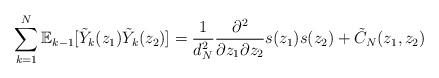
LaTeX: \begin{align*}\sum_{k=1}^{N}\mathbb{E}_{k-1}[\tilde{Y}_{k}(z_{1})\tilde{Y}_{k}(z_{2})] = \frac{1}{d_{N}^{2}}\frac{\partial^2}{\partial z_1 \partial z_2}s(z_1)s(z_2)+\tilde{C}_{N}(z_{1},z_{2})\end{align*}